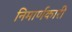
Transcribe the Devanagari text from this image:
निमार्णकारी